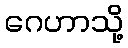
ဂေဟာသို့